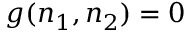
g ( n _ { 1 } , n _ { 2 } ) = 0